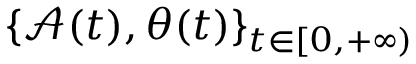
\{ \mathcal { A } ( t ) , \theta ( t ) \} _ { t \in [ 0 , + \infty ) }